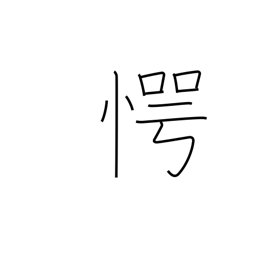
Meaning: surprised